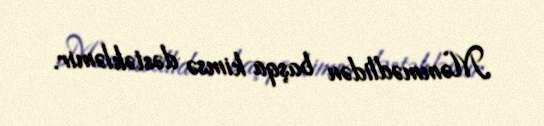
Məmmədlidən başqa kimsə dəstəkləmir.